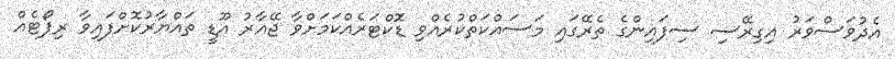
އެދުވަސްވަރު އިގިރޭސި ސިފައިންގެ ތެރޭގައި މަސައްކަތްކުރެއްވި ޑޮކްޓަރެއްކަމަށްވާ ޖޭއާރު އޫޑީ ތައްޔާރުކޮށްފައިވާ ރިޕޯޓެއް